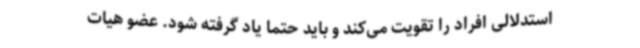
استدلالی افراد را تقویت می‌کند و باید حتما یاد گرفته شود. عضو هیات